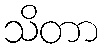
သိတာ